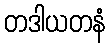
တဒါယတနံ